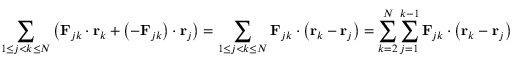
\sum _ { 1 \leq j < k \leq N } { \bigl ( } \mathbf { F } _ { j k } \cdot \mathbf { r } _ { k } + \left( - \mathbf { F } _ { j k } \right) \cdot \mathbf { r } _ { j } { \bigr ) } = \sum _ { 1 \leq j < k \leq N } \mathbf { F } _ { j k } \cdot \left( \mathbf { r } _ { k } - \mathbf { r } _ { j } \right) = \sum _ { k = 2 } ^ { N } \sum _ { j = 1 } ^ { k - 1 } \mathbf { F } _ { j k } \cdot \left( \mathbf { r } _ { k } - \mathbf { r } _ { j } \right)